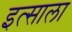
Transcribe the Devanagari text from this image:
इत्साला